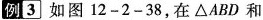
例3 如图 1 2 - 2 - 3 8，在△ A B D 和